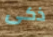
ذكى